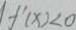
f ^ { \prime } ( x ) < 0